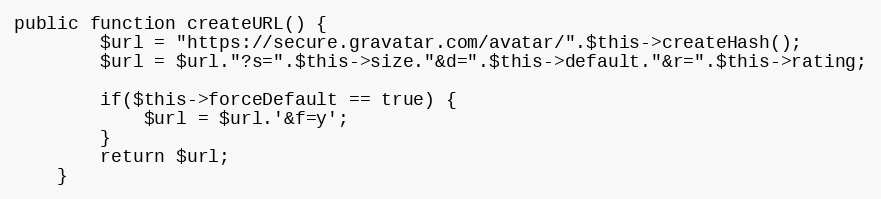
Language: PHP
public function createURL() {
		$url = "https://secure.gravatar.com/avatar/".$this->createHash();
		$url = $url."?s=".$this->size."&d=".$this->default."&r=".$this->rating;

		if($this->forceDefault == true) {
			$url = $url.'&f=y';
		}
		return $url;
	}